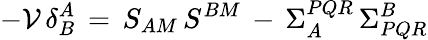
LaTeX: -{\cal V}\, \delta_{B}^{A}\, =\, S_{AM}\, S^{BM}\, -\, \Sigma_{A}^{PQR}\, \Sigma_{PQR}^{B}